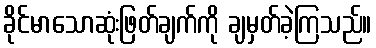
ခိုင်မာသောဆုံးဖြတ်ချက်ကို ချမှတ်ခဲ့ကြသည်။